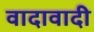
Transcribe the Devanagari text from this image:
वादावादी